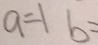
a = 1 b =